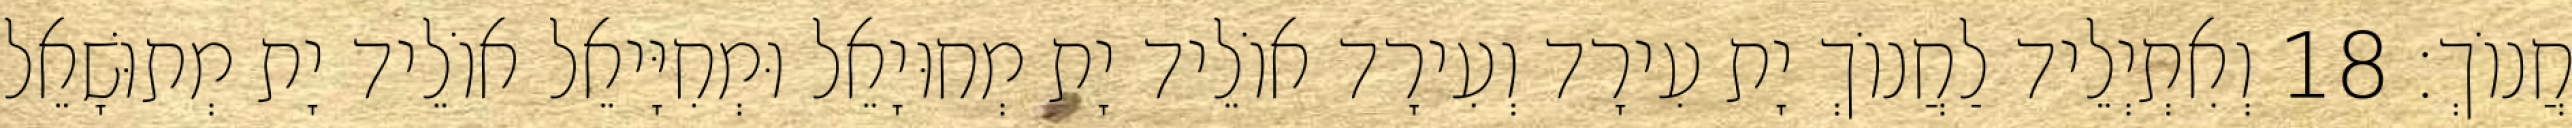
חֲנוֹךְ׃ 18 וְאִתְיְלֵיד לַחֲנוֹךְ יָת עִירָד וְעִירָד אוֹלֵיד יָת מְחוּיָאֵל וּמְחִיָּיאֵל אוֹלֵיד יָת מְתוּשָׁאֵל